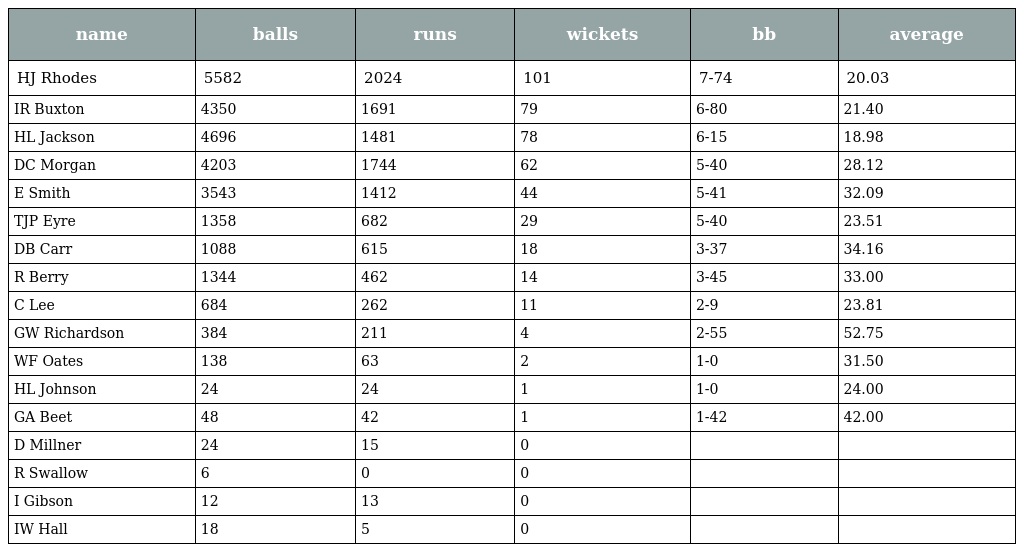
| name | balls | runs | wickets | bb | average |
 | --- | --- | --- | --- | --- | --- |
 | HJ Rhodes | 5582 | 2024 | 101 | 7-74 | 20.03 |
 | IR Buxton | 4350 | 1691 | 79 | 6-80 | 21.40 |
 | HL Jackson | 4696 | 1481 | 78 | 6-15 | 18.98 |
 | DC Morgan | 4203 | 1744 | 62 | 5-40 | 28.12 |
 | E Smith | 3543 | 1412 | 44 | 5-41 | 32.09 |
 | TJP Eyre | 1358 | 682 | 29 | 5-40 | 23.51 |
 | DB Carr | 1088 | 615 | 18 | 3-37 | 34.16 |
 | R Berry | 1344 | 462 | 14 | 3-45 | 33.00 |
 | C Lee | 684 | 262 | 11 | 2-9 | 23.81 |
 | GW Richardson | 384 | 211 | 4 | 2-55 | 52.75 |
 | WF Oates | 138 | 63 | 2 | 1-0 | 31.50 |
 | HL Johnson | 24 | 24 | 1 | 1-0 | 24.00 |
 | GA Beet | 48 | 42 | 1 | 1-42 | 42.00 |
 | D Millner | 24 | 15 | 0 |  |  |
 | R Swallow | 6 | 0 | 0 |  |  |
 | I Gibson | 12 | 13 | 0 |  |  |
 | IW Hall | 18 | 5 | 0 |  |  |